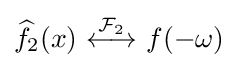
{\widehat {f}}_{2}(x)\ {\stackrel {{\mathcal {F}}_{2}}{\longleftrightarrow }}\ f(-\omega )